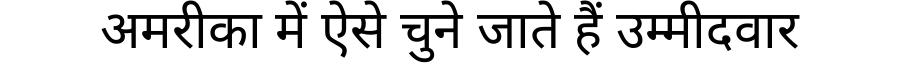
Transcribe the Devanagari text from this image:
अमरीका में ऐसे चुने जाते हैं उम्मीदवार